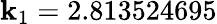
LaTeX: \mathbf{k}_{1}=2.813524695